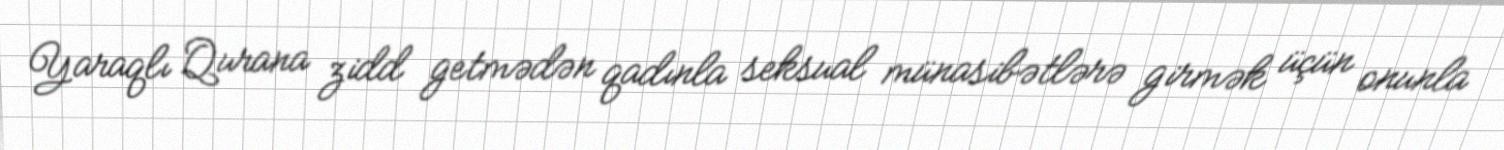
Yaraqlı Qurana zidd getmədən qadınla seksual münasibətlərə girmək üçün onunla